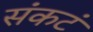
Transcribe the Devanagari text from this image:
संकटं